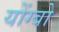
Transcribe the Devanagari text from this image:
योंग्बो